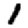
Digit: 1